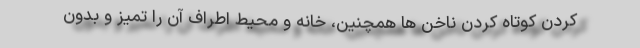
کردن کوتاه کردن ناخن ها همچنین، خانه و محیط اطراف آن را تمیز و بدون